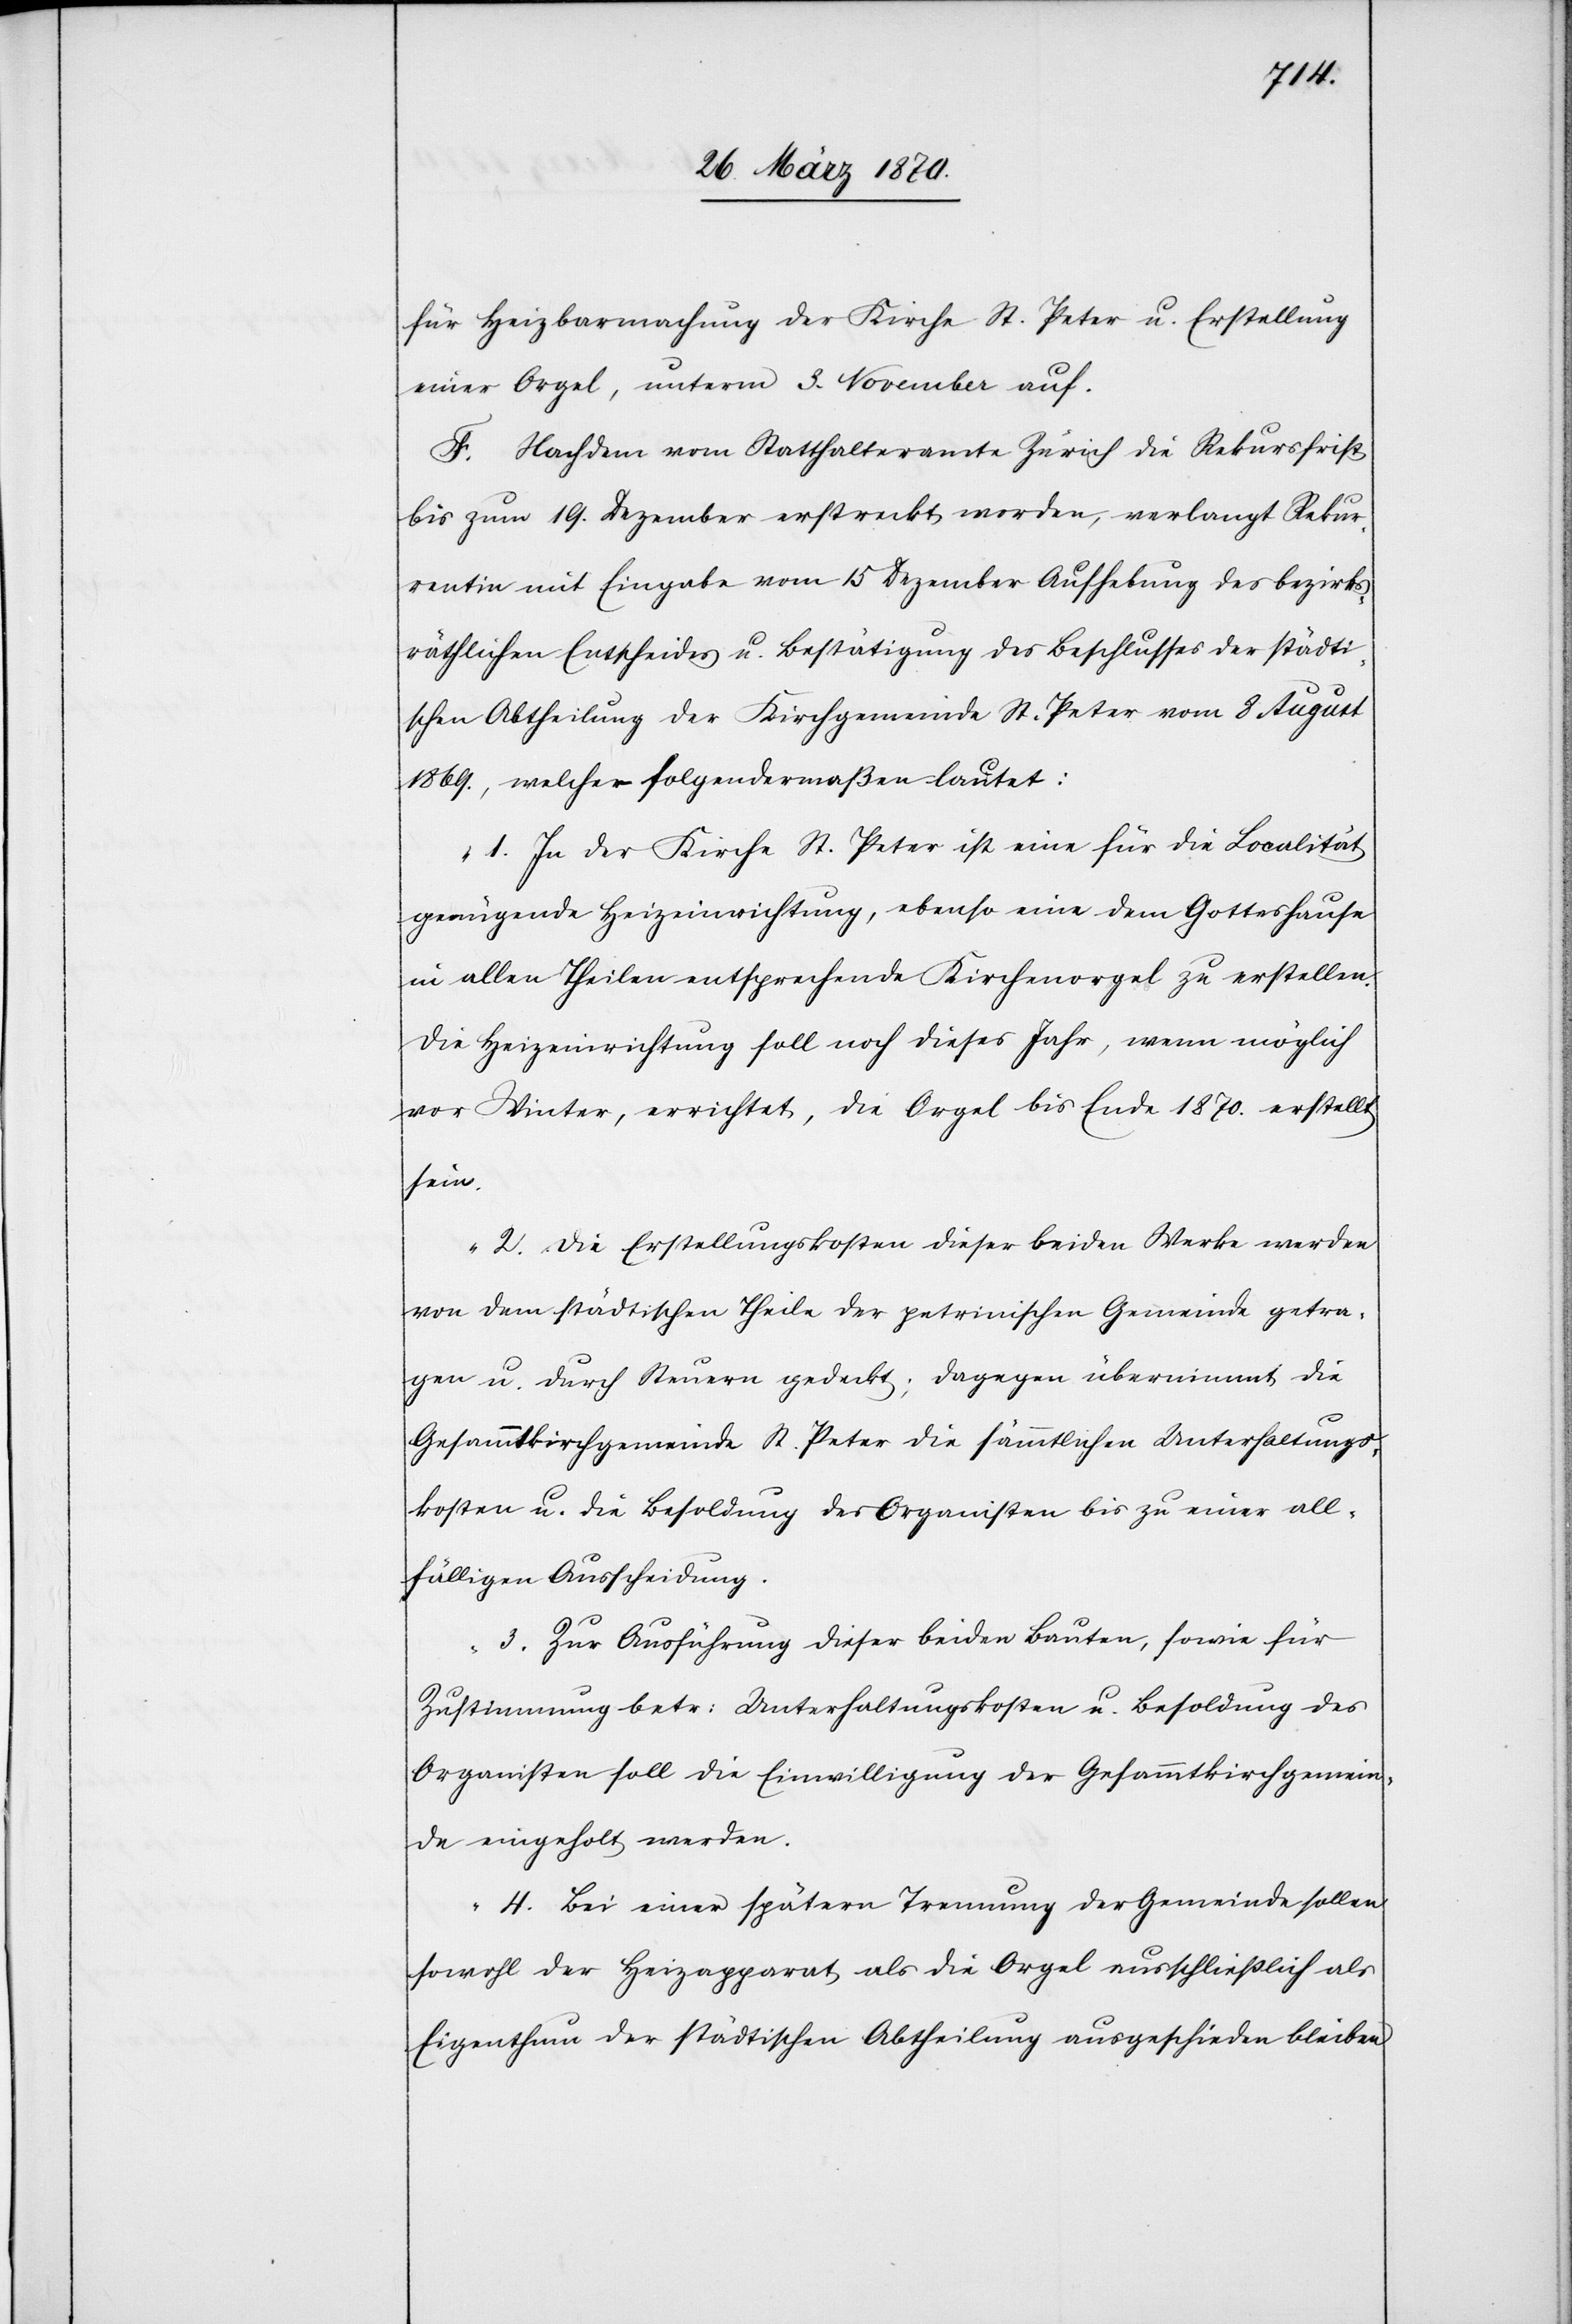
für Heizbarmachung der Kirche St. Peter u. Erstellung
einer Orgel, unterm 3. November auf.
F. Nachdem vom Statthalteramte Zürich die Rekursfrist
bis zum 19. Dezember erstreckt worden, verlangt Rekur¬
rentin mit Eingabe vom 15 Dezember Aufhebung des bezirks¬
räthlichen Entscheides u. Bestätigung des Beschlusses der städti¬
schen Abtheilung der Kirchgemeinde St. Peter vom 8 August
1869., welcher folgendermaßen lautet:
„1. In der Kirche St. Peter ist eine für die Localität
genügende Heizeinrichtung, ebenso eine dem Gotteshause
in allen Theilen entsprechende Kirchenorgel zu erstellen.
Die Heizeinrichtung soll noch dieses Jahr, wenn möglich
vor Winter, errichtet, die Orgel bis Ende 1870. erstellt
sein.
2. Die Erstellungskosten dieser beiden Werke werden
von dem städtischen Theile der petrinischen Gemeinde getra¬
gen u. durch Steuern gedeckt; dagegen übernimmt die
Gesammtkirchgemeinde St. Peter die sämmtlichen Unterhaltungs¬
kosten u. die Besoldung des Organisten bis zu einer all¬
fälligen Ausscheidung.
3. Zur Ausführung dieser beiden Bauten, sowie für
Zustimmung betr: Unterhaltungskosten u. Besoldung des
Organisten soll die Einwilligung der Gesammtkirchgemein¬
de eingeholt werden.
4. Bei einer spätern Trennung der Gemeinde sollen
sowohl der Heizapparat als die Orgel ausschließlich als
Eigenthum der städtischen Abtheilung ausgeschieden bleiben